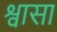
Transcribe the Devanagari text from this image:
श्वासा